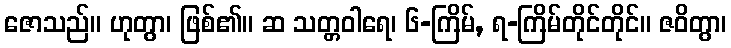
ဇောသည်။ ဟုတွာ၊ ဖြစ်၏။ ဆ သတ္တဝါရေ၊ ၆-ကြိမ်, ရ-ကြိမ်တိုင်တိုင်။ ဇဝိတွာ၊